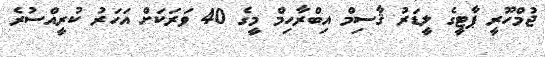
ޖުމްހޫރީ ޕާޓީގެ ލީޑަރު ޤާސިމް އިބްރާހިމް މީގެ 40 ވަރަކަށް އަހަރު ކުރީއްސުރެ